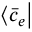
{ \left\langle { \bar { c } _ { e } } \right| }